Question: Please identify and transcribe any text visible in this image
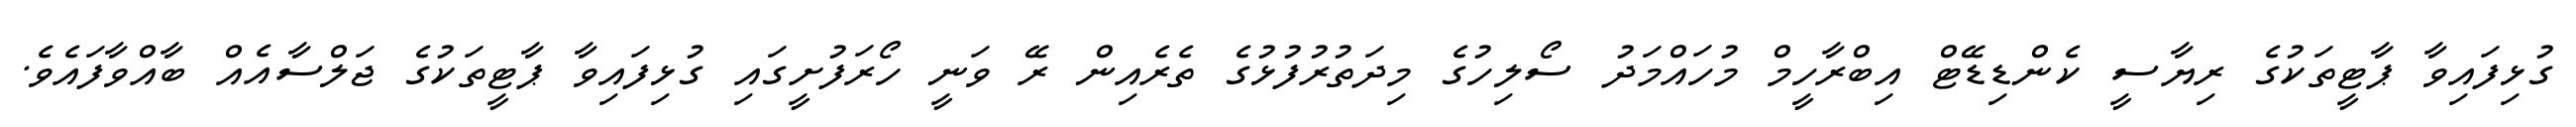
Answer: ގުޅިފައިވާ ޕާޓީތަކުގެ ރިޔާސީ ކެންޑިޑޭޓް އިބްރާހީމް މުހައްމަދު ސޯލިހުގެ މިދަތުރުފުޅުގެ ތެރެއިން ރޭ ވަނީ ހޯރަފުށީގައި ގުޅިފައިވާ ޕާޓީތަކުގެ ޖަލްސާއެއް ބާއްވާފައެވެ.